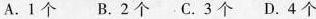
A.1个B.2个C.3个D.4个